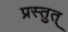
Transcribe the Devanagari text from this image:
प्रस्तुत्